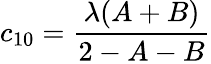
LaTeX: c_{10}=\frac{\lambda(A+B)}{2-A-B}